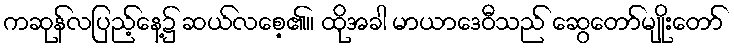
ကဆုန်လပြည့်နေ့၌ ဆယ်လစေ့၏။ ထိုအခါ မာယာဒေဝီသည် ဆွေတော်မျိုးတော်